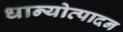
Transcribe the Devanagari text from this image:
धान्योत्पादन